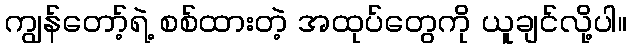
ကျွန်တော့်ရဲ့ စစ်ထားတဲ့ အထုပ်တွေကို ယူချင်လို့ပါ။